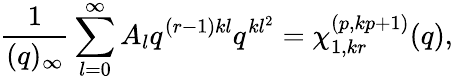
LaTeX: \frac{1}{(q)_{\infty}}\sum_{l=0}^{\infty}A_{l}q^{(r-1)kl}q^{kl^{2}}=\chi_{1,kr}^{(p,kp+1)}(q),